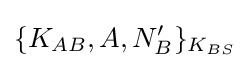
\{K_{AB},A,N_{B}'\}_{K_{BS}}